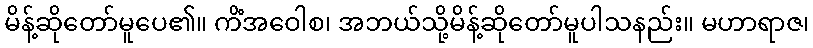
မိန့်ဆိုတော်မူပေ၏။ ကိံအဝေါစ၊ အဘယ်သို့မိန့်ဆိုတော်မူပါသနည်း။ မဟာရာဇ၊